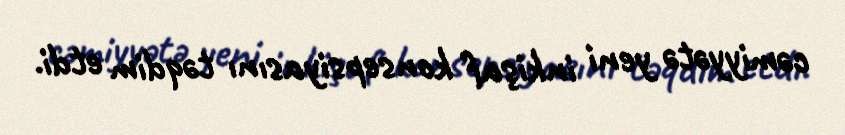
cəmiyyətə yeni inkişaf konsepsiyasını təqdim etdi.